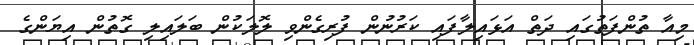
މިއާ ތުންފަތުގައި ދަތް އަޅައިލާފައި ކަރުނުން ފުރިގެންވި ލޮލަކުން ބަލައިލި ގޮތުން އިޔަންގެ